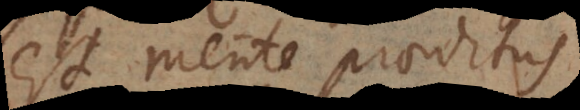
est mente praeditus.